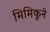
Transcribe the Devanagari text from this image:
मिमिकूने